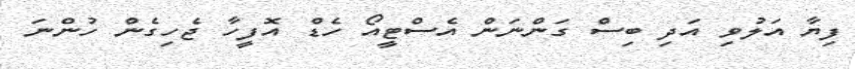
ފިޔާ އަލުވި އަދި ބިސް ގަންނަން އެސްޓީއޯ ހެޑް އޮފީހާ ޖެހިގެން ހުންނަ